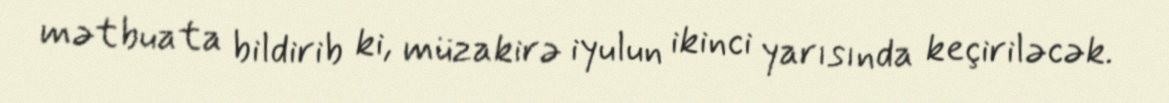
mətbuata bildirib ki, müzakirə iyulun ikinci yarısında keçiriləcək.